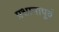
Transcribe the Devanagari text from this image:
प्रधानापूर्व